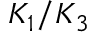
K _ { 1 } / K _ { 3 }